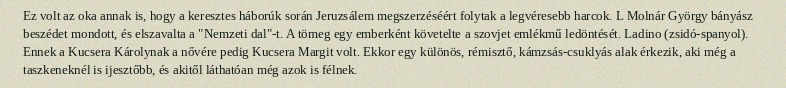
Ez volt az oka annak is, hogy a keresztes háborúk során Jeruzsálem megszerzéséért folytak a legvéresebb harcok. L Molnár György bányász beszédet mondott, és elszavalta a "Nemzeti dal"-t. A tömeg egy emberként követelte a szovjet emlékmű ledöntését. Ladino (zsidó-spanyol). Ennek a Kucsera Károlynak a nővére pedig Kucsera Margit volt. Ekkor egy különös, rémisztő, kámzsás-csuklyás alak érkezik, aki még a taszkeneknél is ijesztőbb, és akitől láthatóan még azok is félnek.